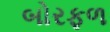
બોરફળ